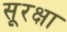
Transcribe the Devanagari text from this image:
सूरक्षा